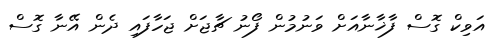
އަވިކް ގޮސް ފާޚާނާއަށް ވަނުމުން ފޯނު ޗާޖަށް ޖަހާފައި ދެން އޭނާ ގޮސް